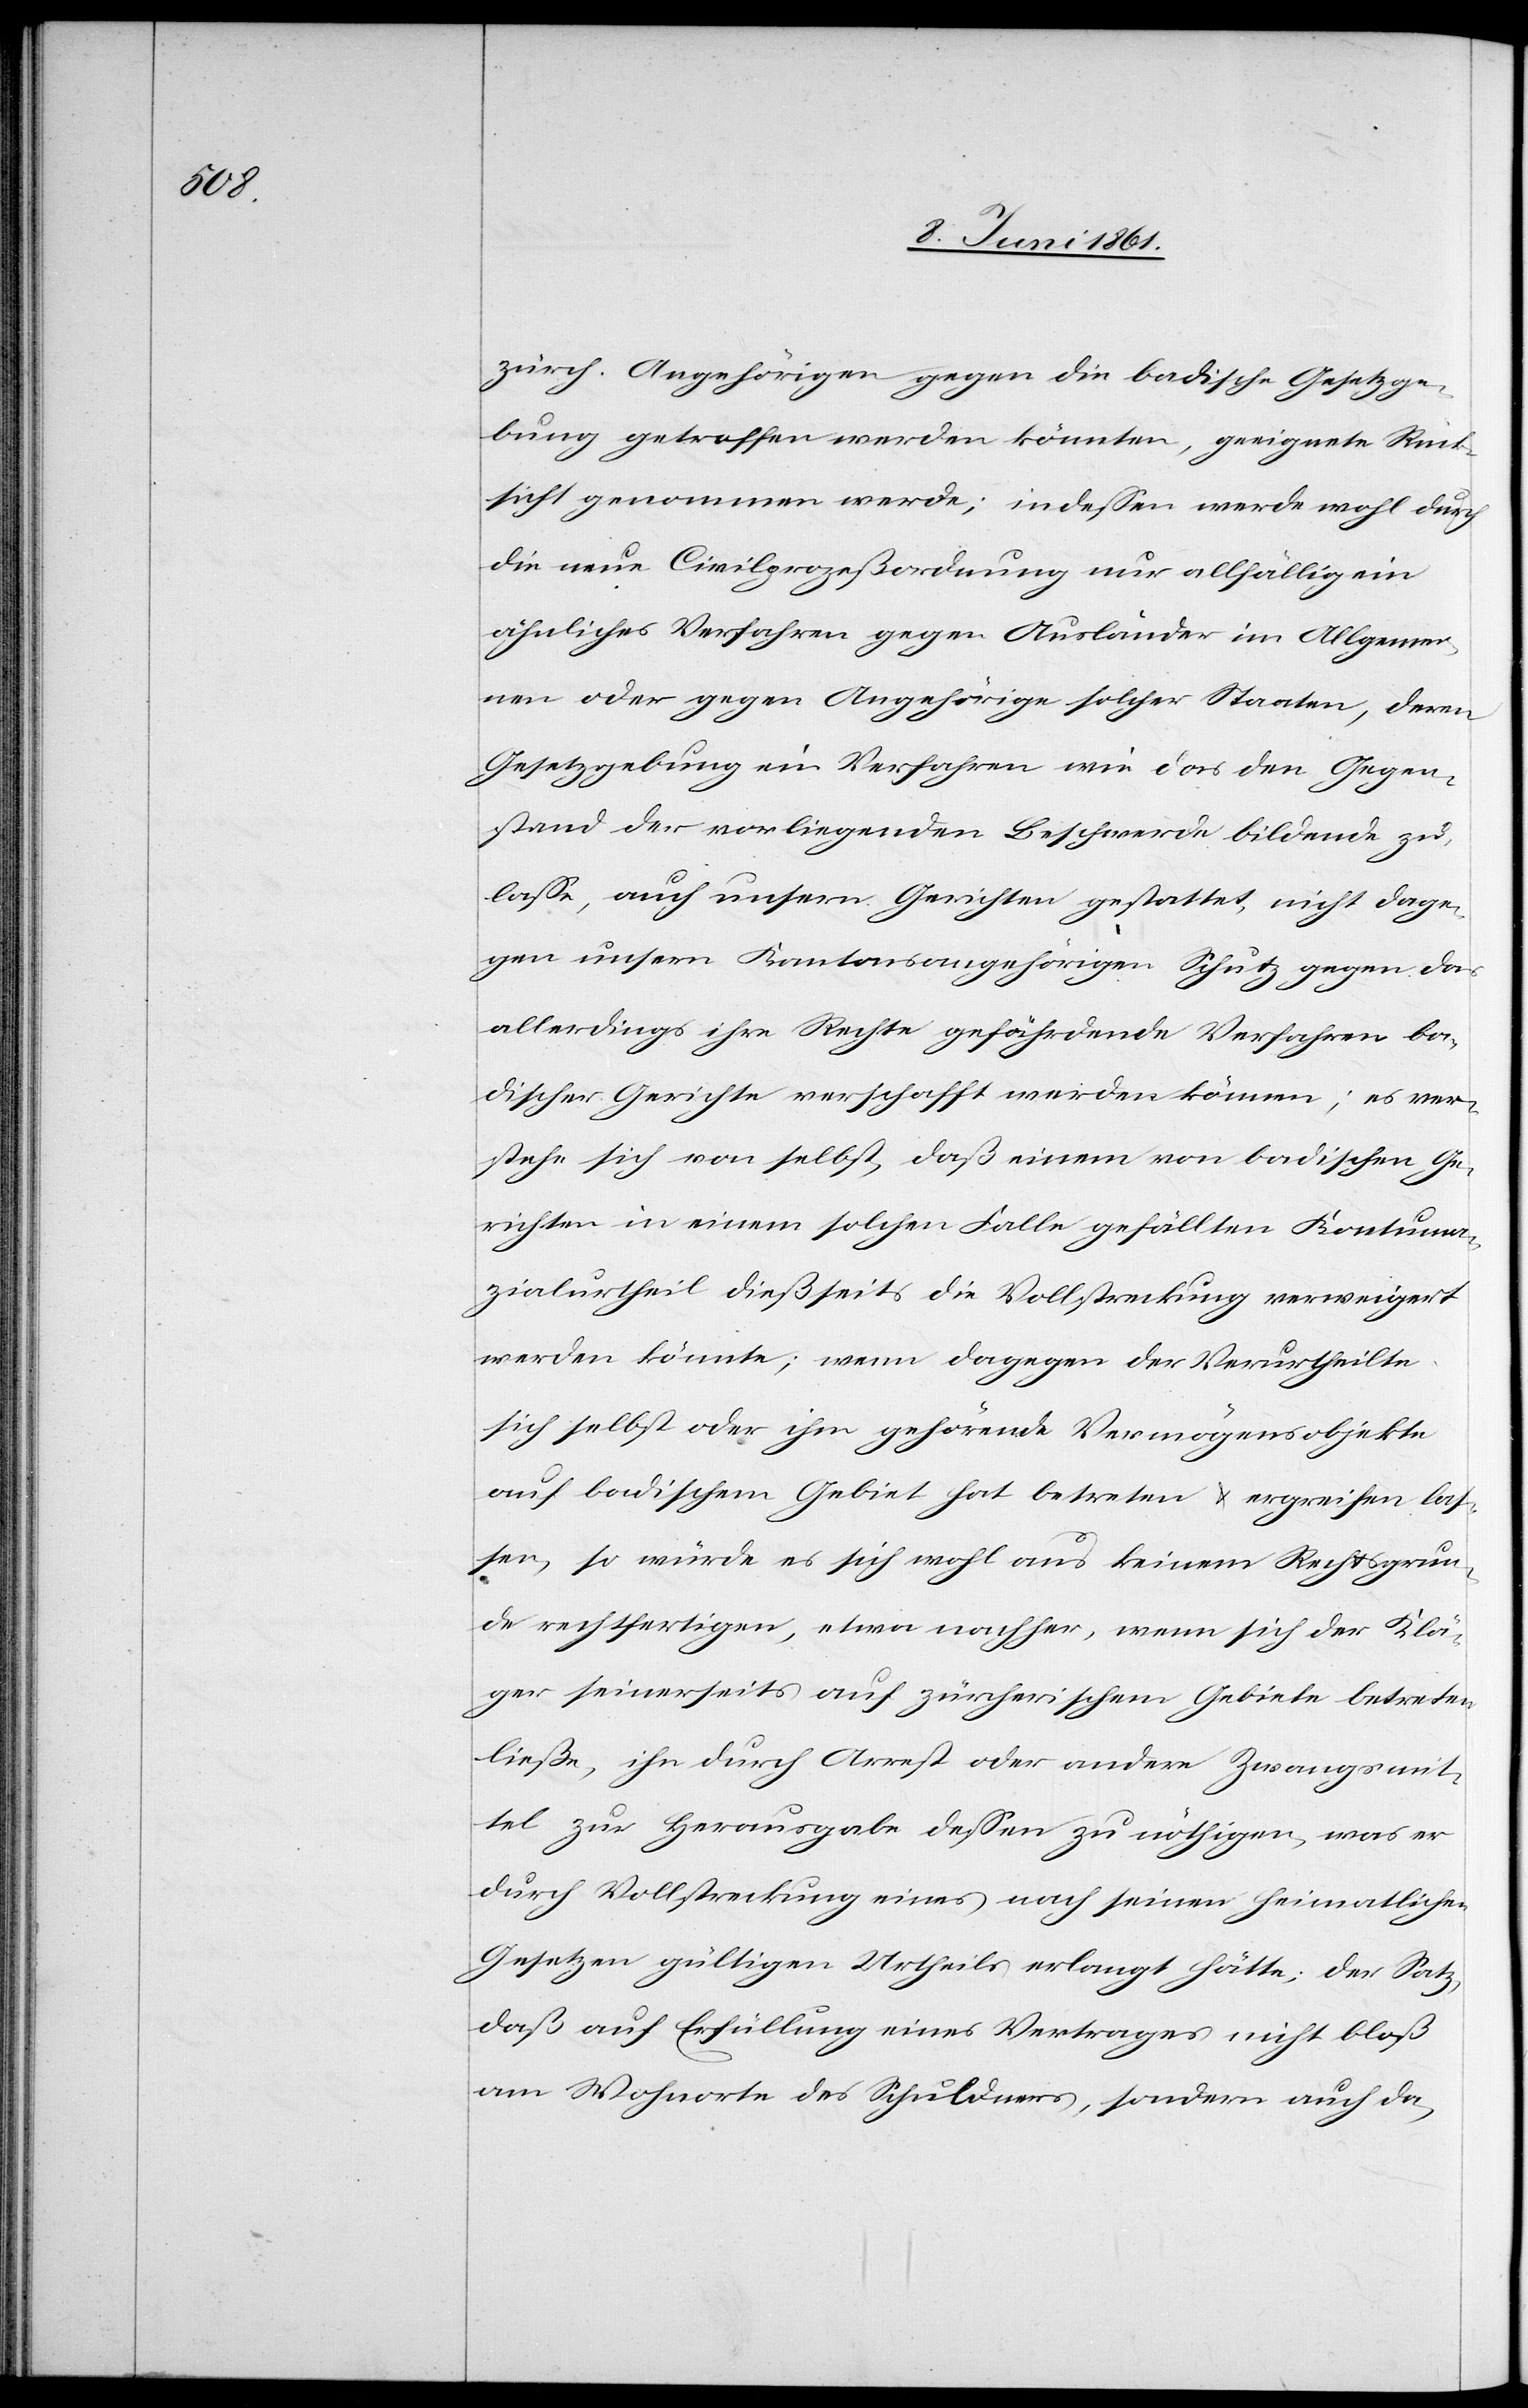
zürch. Angehörigen gegen die badische Gesetzge¬
bung getroffen werden könnten, geeignete Rück¬
sicht genommen werde; indessen werde wohl durch
die neue Civilprozeßordnung nur allfällig ein
ähnliches Verfahren gegen Ausländer im Allgemei¬
nen oder gegen Angehörige solcher Staaten, deren
Gesetzgebung ein Verfahren wie das den Gegen¬
stand der vorliegenden Beschwerde bildende zu¬
lasse, auch unsern Gerichten gestattet, nicht dage¬
gen unsern Kantonsangehörigen Schutz gegen das
allerdings ihre Rechte gefährdende Verfahren ba¬
discher Gerichte verschafft werden können; es ver¬
stehe sich von selbst, daß einem von badischen Ge¬
richten in einem solchen Falle gefällten Kontuma¬
zialurtheil dießseits die Vollstreckung verweigert
werden könne; wenn dagegen der Verurtheilte
sich selbst oder ihm gehörende Vermögensobjekte
auf badischem Gebiet hat betreten u. ergreifen las¬
sen, so würde es sich wohl aus keinem Rechtsgrun¬
de rechtfertigen, etwa nachher, wenn sich der Klä¬
ger seinerseits auf zürcherischem Gebiete betreten
ließe, ihn durch Arrest oder andere Zwangsmit¬
tel zur Herausgabe dessen zu nöthigen, was er
durch Vollstreckung eines nach seinen heimatlichen
Gesetzen gültigen Urtheils erlangt hätte, der Satz,
daß auf Erfüllung eines Vertrages nicht bloß
am Wohnorte des Schuldners, sondern auch da-